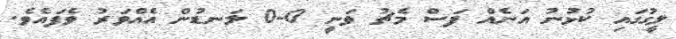
ލީގުގައި ކުޅުނު އަނެއް ފަސް މެޗު ވަނީ 0-0 ލަނޑުން އެއްވަރު ވެފައެވެ.